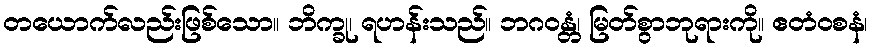
တယောက်လည်းဖြစ်သော။ ဘိက္ခု၊ ရဟန်းသည်။ ဘဂဝန္တံ၊ မြတ်စွာဘုရားကို။ ဧတံဝစနံ၊